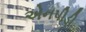
એનપીડી